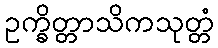
ဥက္ခိတ္တာသိကသုတ္တံ